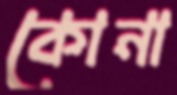
কোনা